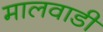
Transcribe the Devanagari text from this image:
मालवाडी